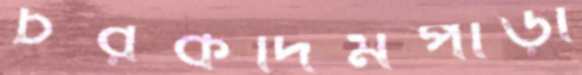
চরকদিমপাড়া